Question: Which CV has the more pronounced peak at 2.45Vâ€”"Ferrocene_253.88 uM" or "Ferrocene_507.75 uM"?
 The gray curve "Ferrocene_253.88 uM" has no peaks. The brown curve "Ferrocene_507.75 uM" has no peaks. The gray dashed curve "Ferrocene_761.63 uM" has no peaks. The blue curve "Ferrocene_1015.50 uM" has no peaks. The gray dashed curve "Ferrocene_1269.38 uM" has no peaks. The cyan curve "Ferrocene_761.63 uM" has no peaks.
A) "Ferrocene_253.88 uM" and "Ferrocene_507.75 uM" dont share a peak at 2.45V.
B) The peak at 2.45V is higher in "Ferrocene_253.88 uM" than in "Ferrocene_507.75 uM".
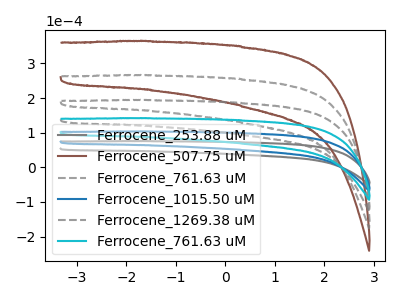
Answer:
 <answer>A) "Ferrocene_253.88 uM" and "Ferrocene_507.75 uM" dont share a peak at 2.45V.</answer>
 <eval>A</eval>